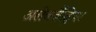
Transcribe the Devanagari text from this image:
अलेक्जैंड्रिया